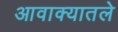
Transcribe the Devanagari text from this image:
आवाक्यातले